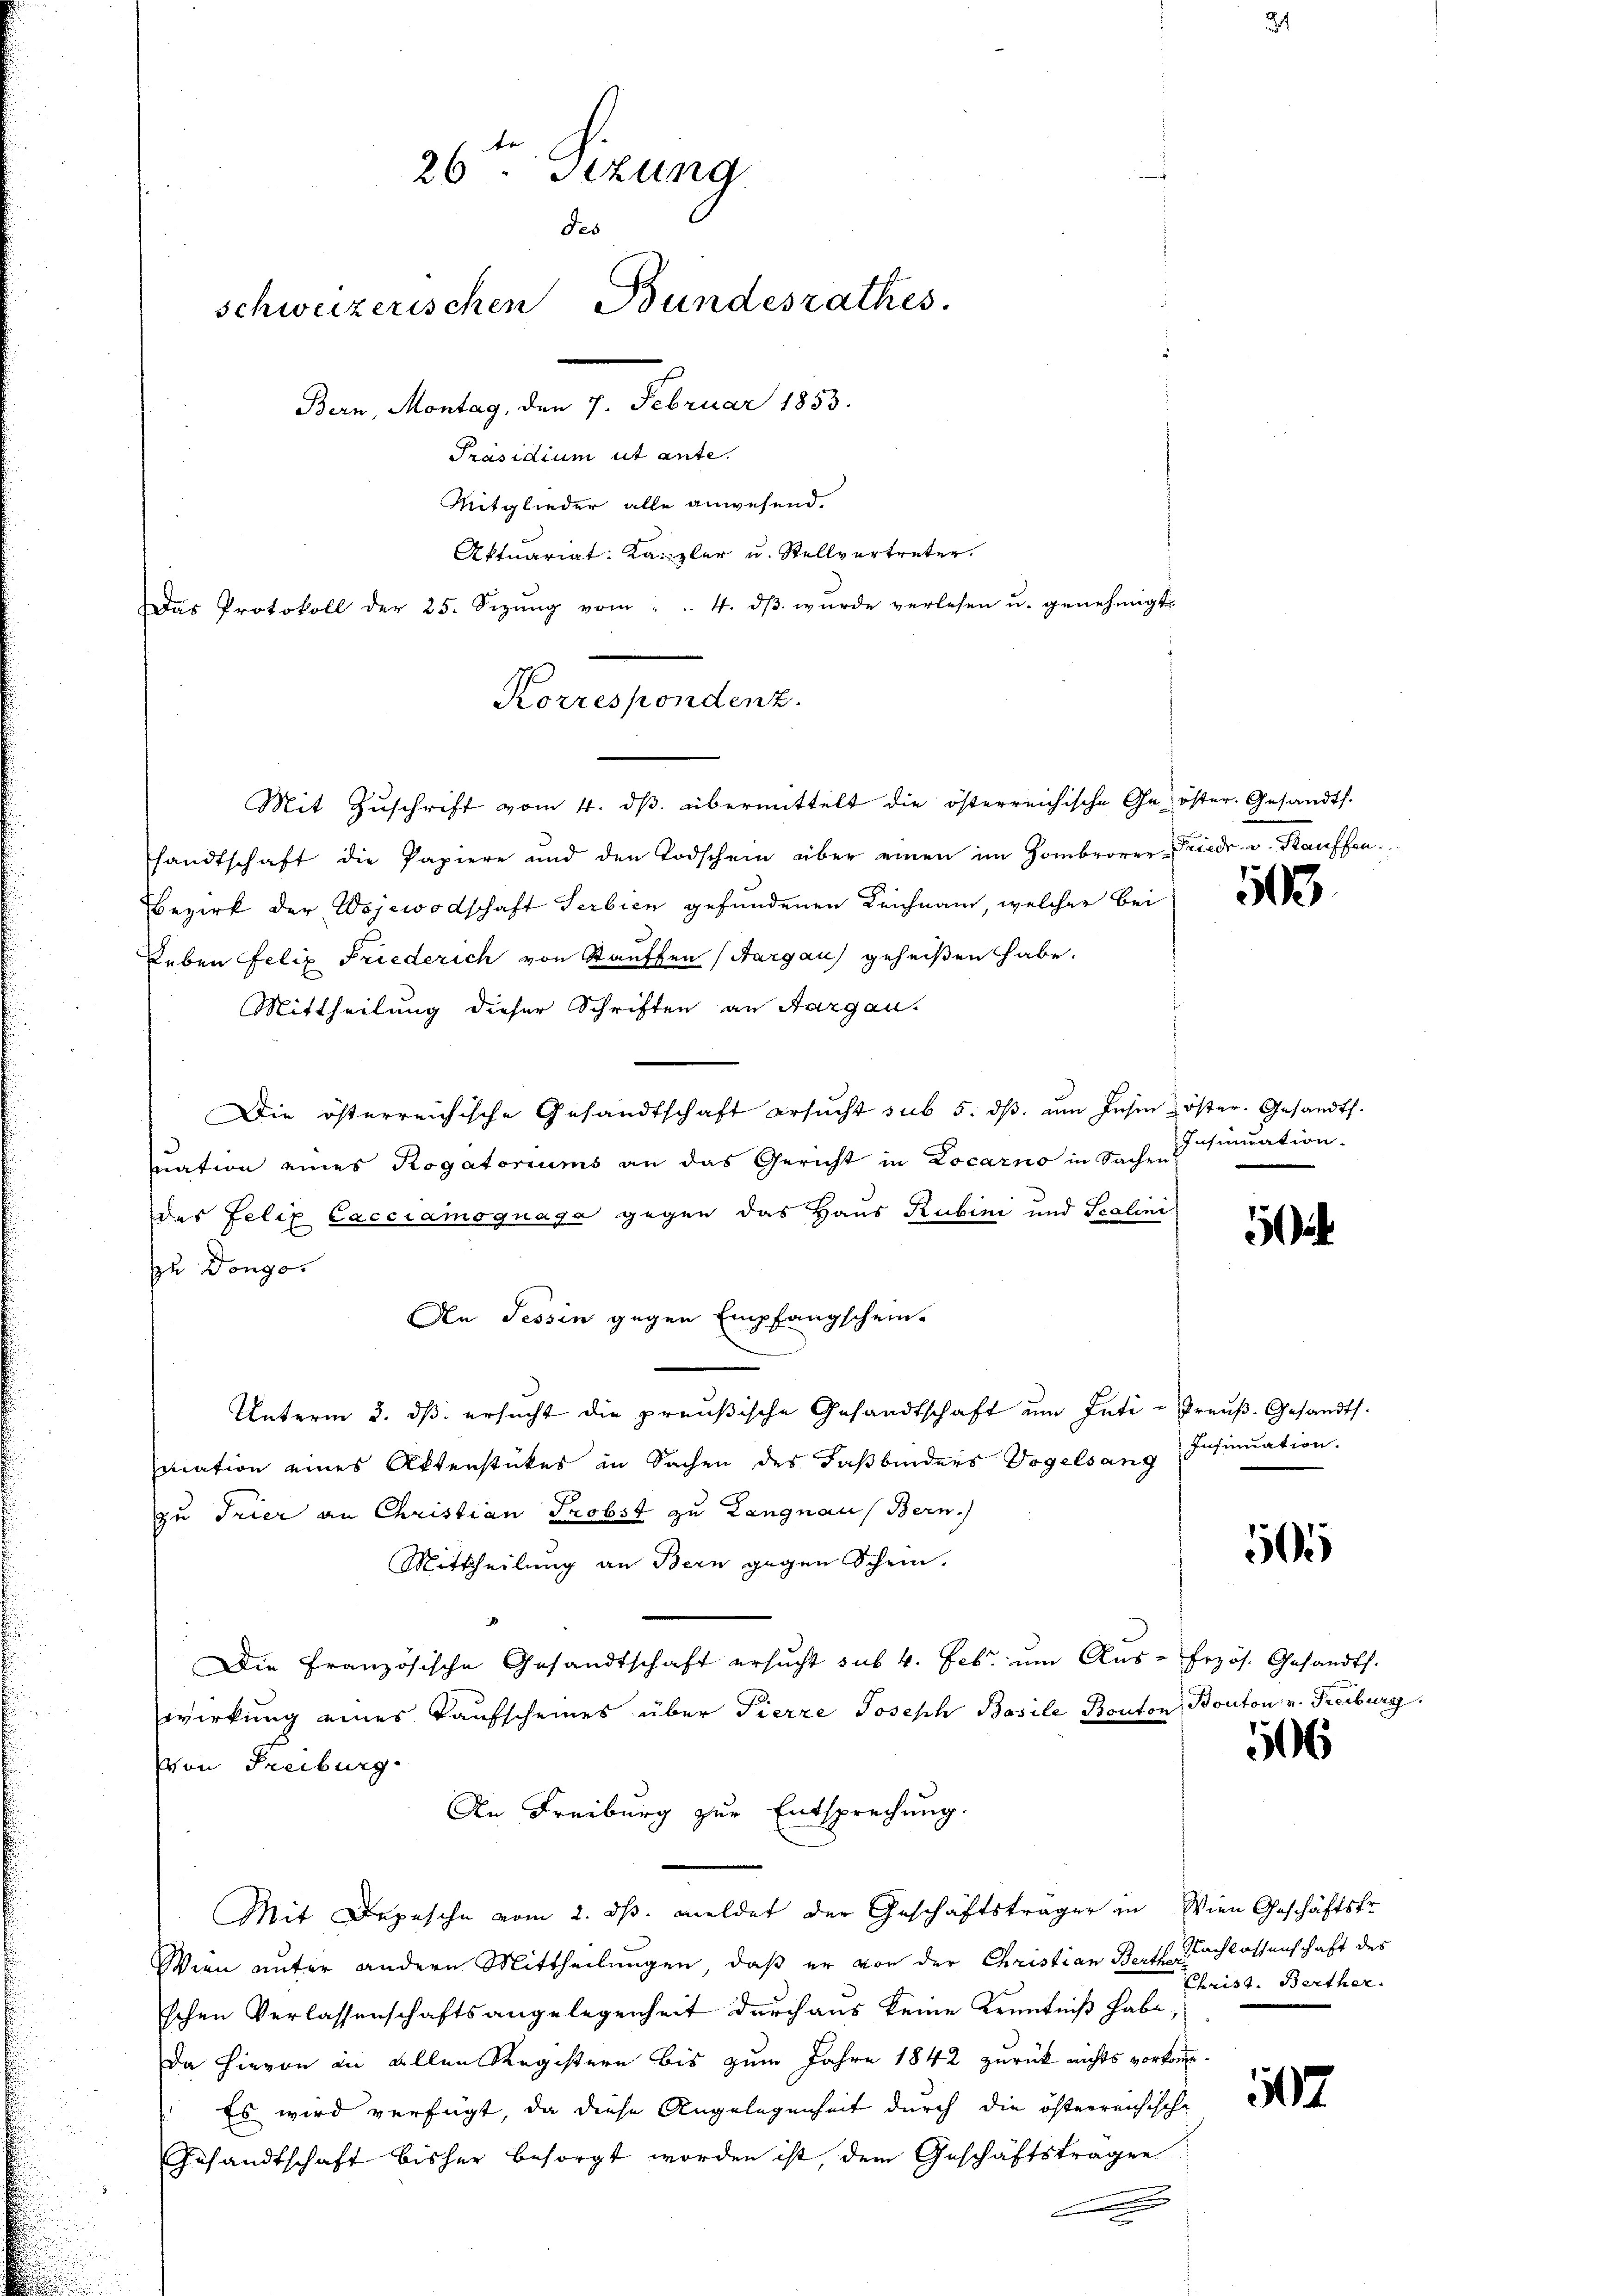
F
26 Sezung
des
schweizerischen Bundesrathes.
Bern, Montag, den 7. Februar 1833.
Präsidium ut ante.
Mitglieder alle anwesend.
Aktuariat: Kanzler u. Stellvertreten.
Das Protokoll der 25. Sizŭng vom " " 4. dβ wŭrde verlesen u. genehmigt.

Korrespondenz.
Mit Zŭschrift vom 4. dβ. übermittelt die österreichische Ge- öster. Gesandts.

sandtschaft die Papiere und den Todschein über einen im Hombrorer-Friedr. v. Kauffon.
Bezirk der Wojewodschaft Serbien gefundenen Leichnam, welcher bei
Leben Felix Friederich von Stauffen (Aargau geheißen habe.
Mittheilung dieser Schriften an Aargau.
Die österreichische Gesandtschaft ersŭcht sub 5. dβ. ŭm Insin öster. Gesandts.
mnation eines Rogatoriums an das Gericht in Locarno in Sachen
des Felix Cacciamognage gegen das Haus Rubini und Salini
zu Dongo
An Tessin gegen Empfangschein-
Unterm 3. dβ ersucht die preußische Gesandtschaft ŭm Inti- Preŭβ.Gesandts.
mation eines Aktenstückes in Sachen des Faßbinders Vogelsang
zu Trier an Christian Probst zu Langnau, Bern.
Mittheilung an Bern gegen Schein,
Die Französische Gesandtschaft ersŭcht sub. 4. Feb. ŭm Aŭs-frzös. Gesandts.
wirkung eines Kaufscheines über Pierre Joseph Bosile Konton, Bonton v. Freiburg.
Von Freiburg
An Freiburg zur Entsprechung.
Mit Depesche vom 2. ds. meldet der Geschäftsträger in Wien Geschäftsfr
Wien unter andere Mittheilungen, daß er von der Christian Berth nachlassenschaft des
schen Verlassenschaftsangelegenheit durchaus keine Kenntniß habe
Da hievon in allen Registern bis zum Jahre 1842 zurück nichts vorkom¬
 Es wird verfügt, da diese Angelegenheit dŭrch die österrentische
Gesandtschaft bisher besorgt worden ist, dem Geschäftstragen
 |
e

103

Insinuation.
.

1

Insinuation.

505

506

Christ. Berther